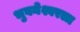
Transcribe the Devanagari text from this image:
भुवनेश्वरला